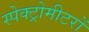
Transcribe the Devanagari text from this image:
स्पेक्ट्रोमीटरों